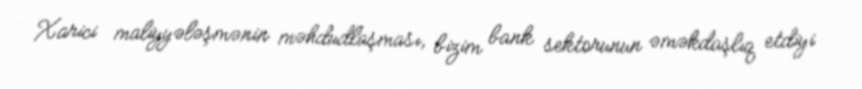
Xarici maliyyələşmənin məhdudlaşması, bizim bank sektorunun əməkdaşlıq etdiyi